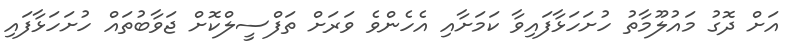
އަށް ދޮގު މައުލޫމާތު ހުށަހަޅާފައިވާ ކަމަށާއި އެހެންވެ ވަރަށް ތަފްސީލްކޮށް ޖަވާބުތައް ހުށަހަޅާފައި